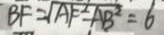
B F = \sqrt { A F ^ { 2 } - A B ^ { 2 } } = 6